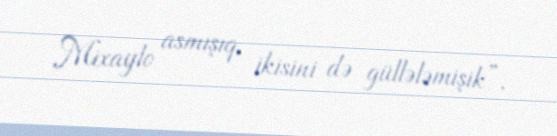
Mixaylo asmışıq, ikisini də güllələmişik”.